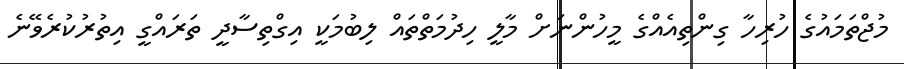
މުޖްތަމައުގެ ހުރިހާ ގިންތިއެއްގެ މީހުންނަށް މާލީ ހިދުމަތްތައް ލިބުމަކީ އިގްތިސާދީ ތަރައްގީ އިތުރުކުރެވޭނެ